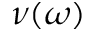
\nu ( \omega )